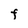
Character: F